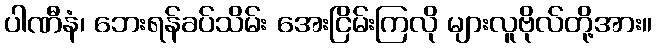
ပါဏီနံ၊ ဘေးရန်ခပ်သိမ်း အေးငြိမ်းကြလို များလူဗိုလ်တို့အား။